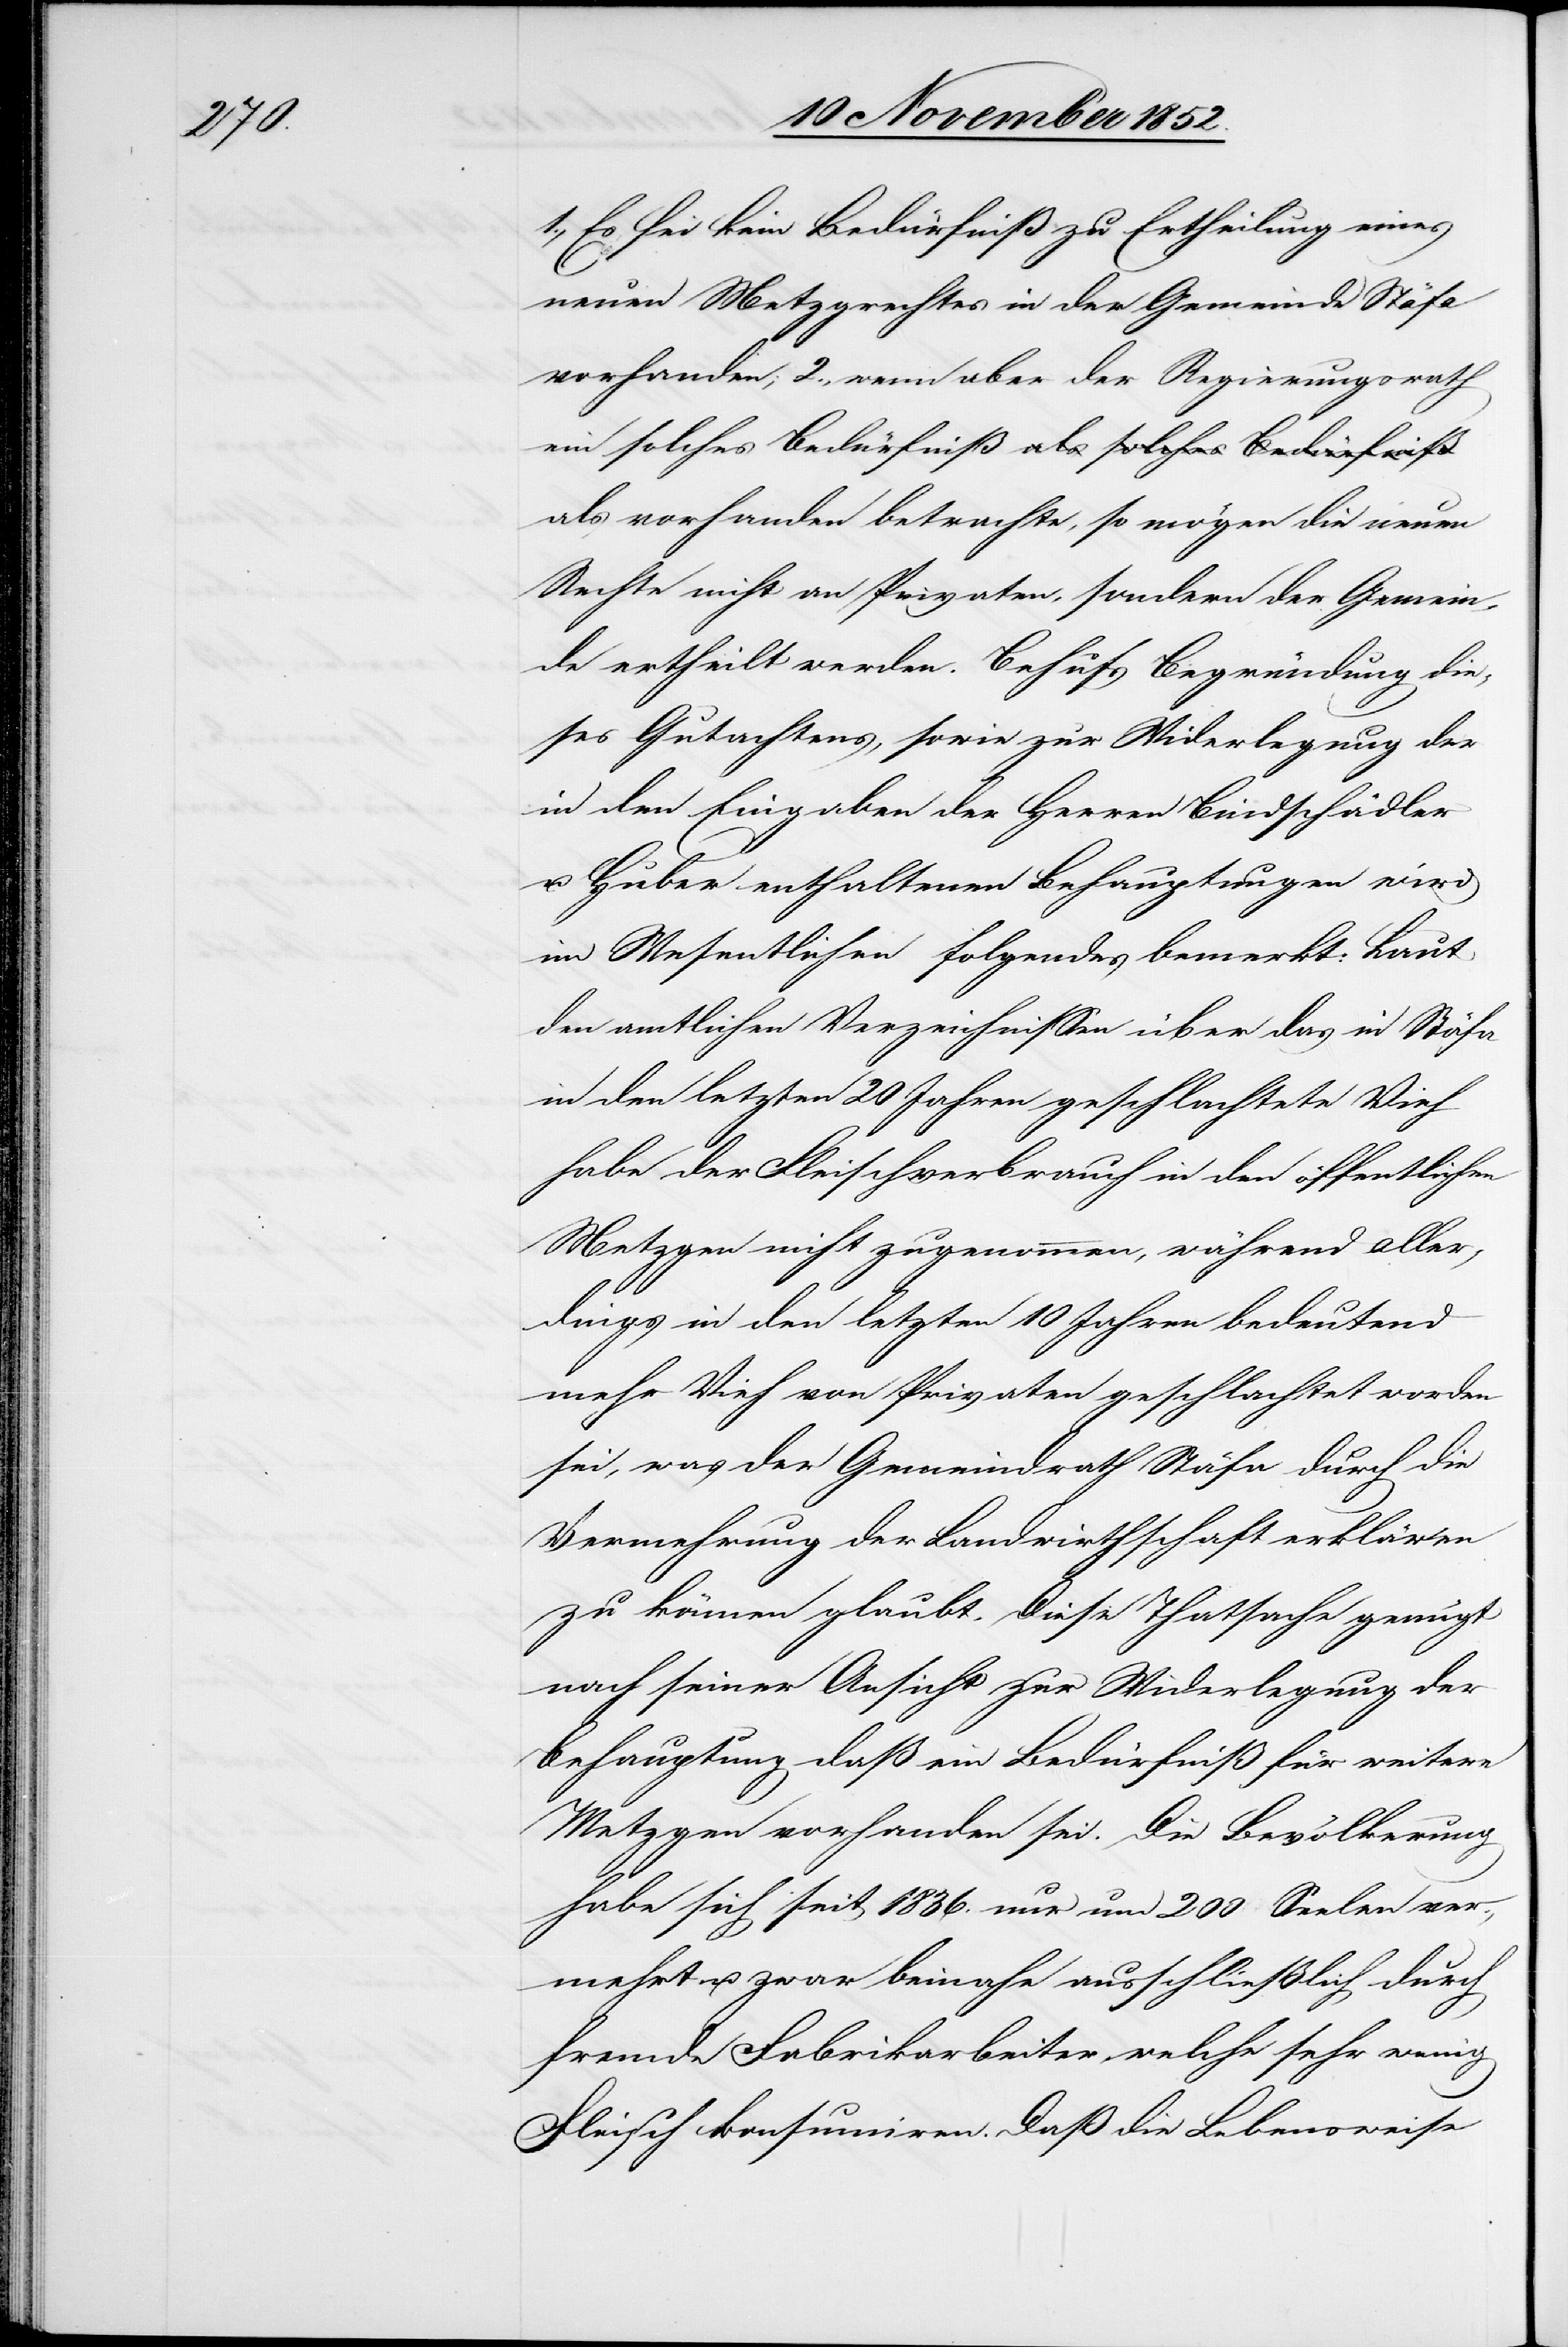
1., Es sei kein Bedürfniß zu Ertheilung eines
neuen Metzgrechtes in der Gemeinde Stäfa
vorhanden; 2., wenn aber der Regierungsrath
als vorhanden betrachte, so mögen die neuen
Rechte nicht an Privaten, sondern der Gemein¬
de ertheilt werden. Behufs Begründung die¬
ses Gutachtens, sowie zur Widerlegung der
in den Eingaben der Herren Bindschädler
u. Huber enthaltenen Behauptungen wird
im Wesentlichen folgendes bemerkt: Laut
den amtlichen Verzeichnissen über das in Stäfa
in den letzten 20 Jahren geschlachtete Vieh
habe der Fleischverbrauch in den öffentlichen
Metzgen nicht zugenommen, während aller¬
dings in den letzten 10 Jahren bedeutend
mehr Vieh von Privaten geschlachtet worden
sei, was der Gemeindrath Stäfa durch die
Vermehrung der Landwirthschaft erklären
zu können glaubt. Diese Thatsache genügt
nach seiner Ansicht zur Widerlegung der
Behauptung daß ein Bedürfniß für weitere
Metzgen vorhanden sei. Die Bevölkerung
habe sich seit 1836. nur um 200 Seelen ver¬
mehrt u. zwar beinahe ausschließlich durch
fremde Fabrikarbeiter, welche sehr wenig
Fleisch konsumiren. Daß die Lebensweise